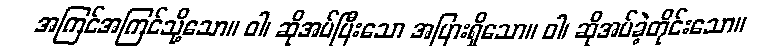
အကြင်အကြင်သို့သော။ ဝါ၊ ဆိုအပ်ပြီးသော အပြားရှိသော။ ဝါ၊ ဆိုအပ်ခဲ့တိုင်းသော။